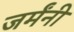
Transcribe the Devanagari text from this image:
जर्मंनी